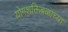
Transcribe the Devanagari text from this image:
योगशक्तिबळाच्या